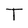
Character: T